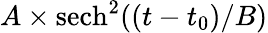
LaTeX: A\times\mathrm{sech}^{2}((t-t_{0})/B)